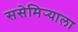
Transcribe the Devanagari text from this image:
ससेमिर्‍याला